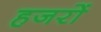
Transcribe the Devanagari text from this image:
हजरों